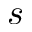
s